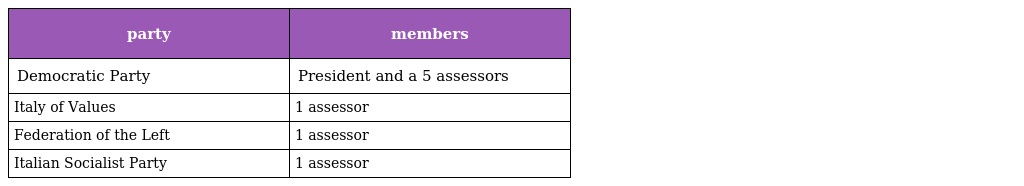
| party | members |
 | --- | --- |
 | Democratic Party | President and a 5 assessors |
 | Italy of Values | 1 assessor |
 | Federation of the Left | 1 assessor |
 | Italian Socialist Party | 1 assessor |